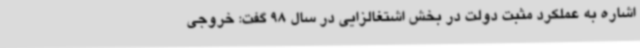
اشاره به عملکرد مثبت دولت در بخش اشتغالزایی در سال 98 گفت: خروجی